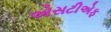
એસટીએફ